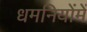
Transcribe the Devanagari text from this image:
धमनियोंमें